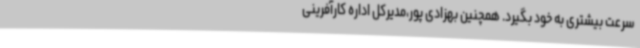
سرعت بیشتری به خود بگیرد. همچنین بهزادی پور،مدیرکل اداره کارآفرینی